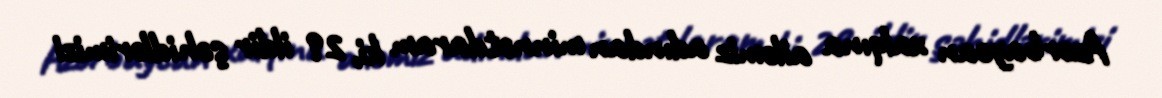
Azərbaycan xalqına ailəmiz adından minnətdaram ki, 29 ildir şəhidlərimizi